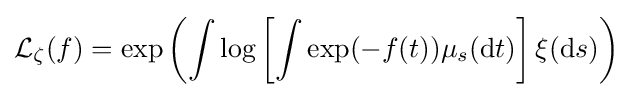
{\mathcal {L}}_{\zeta }(f)=\exp \left(\int \log \left[\int \exp(-f(t))\mu _{s}(\mathrm {d} t)\right]\xi (\mathrm {d} s)\right)